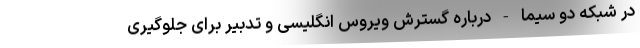
در شبکه دو سیما - درباره گسترش ویروس انگلیسی و تدبیر برای جلوگیری